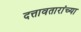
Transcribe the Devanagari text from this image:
दत्तावतारांच्या